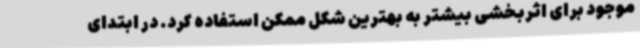
موجود برای اثربخشی بیشتر به بهترین شکل ممکن استفاده کرد. در ابتدای